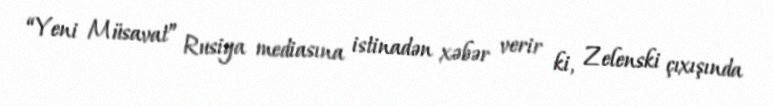
“Yeni Müsavat” Rusiya mediasına istinadən xəbər verir ki, Zelenski çıxışında